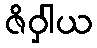
ဇိဝှါယ